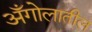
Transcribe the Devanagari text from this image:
अँगोलातील